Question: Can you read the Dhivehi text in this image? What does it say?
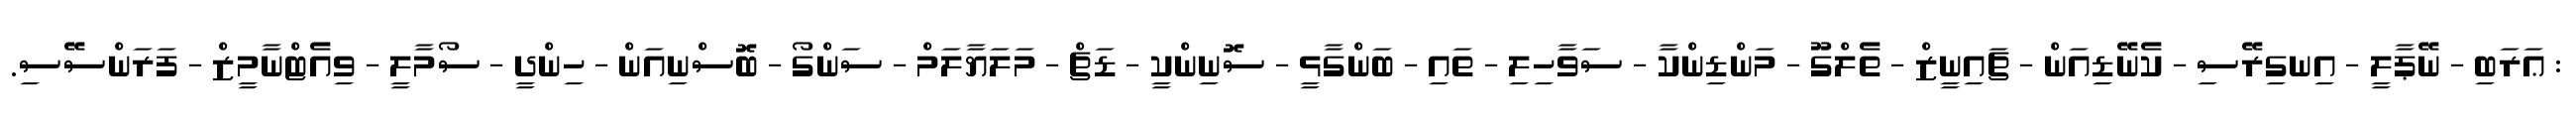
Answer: : ޢަރަބި - ނޭޕާލީ - އިނގިރޭސި - ކެނޭޑިއަން - ޗައިނީޒް - ތެލްގޫ - މަންޑިންކާ - ސަވާހިލި - ތައި - ބަންގާޅީ - ސޮނިންކީ - ޑަޗް - މަލަޔާލަމް - ސަންގޯ - ބޮސްނިއަން - ހިންދީ - ސޯމާލީ - ވިއެޓްނާމީޒް - ފަރަންސޭސި.